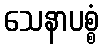
သေနာပစ္စံ